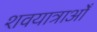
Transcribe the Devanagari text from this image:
शवयात्राओँ